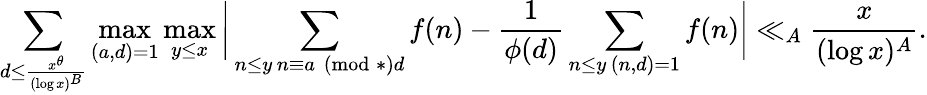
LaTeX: \sum_{d\leq\frac{x^{\theta}}{(\log x)^{B}}}\operatorname*{max}_{(a,d)=1}\operatorname*{max}_{y\le x}\bigg|\sum_{\substack{n\leq y\, n\equiv a\pmod*{d}}}f(n)-\frac{1}{\phi(d)}\sum_{\substack{n\leq y\, (n,d)=1}}f(n)\bigg|\ll_{A}\frac{x}{(\log x)^{A}}.